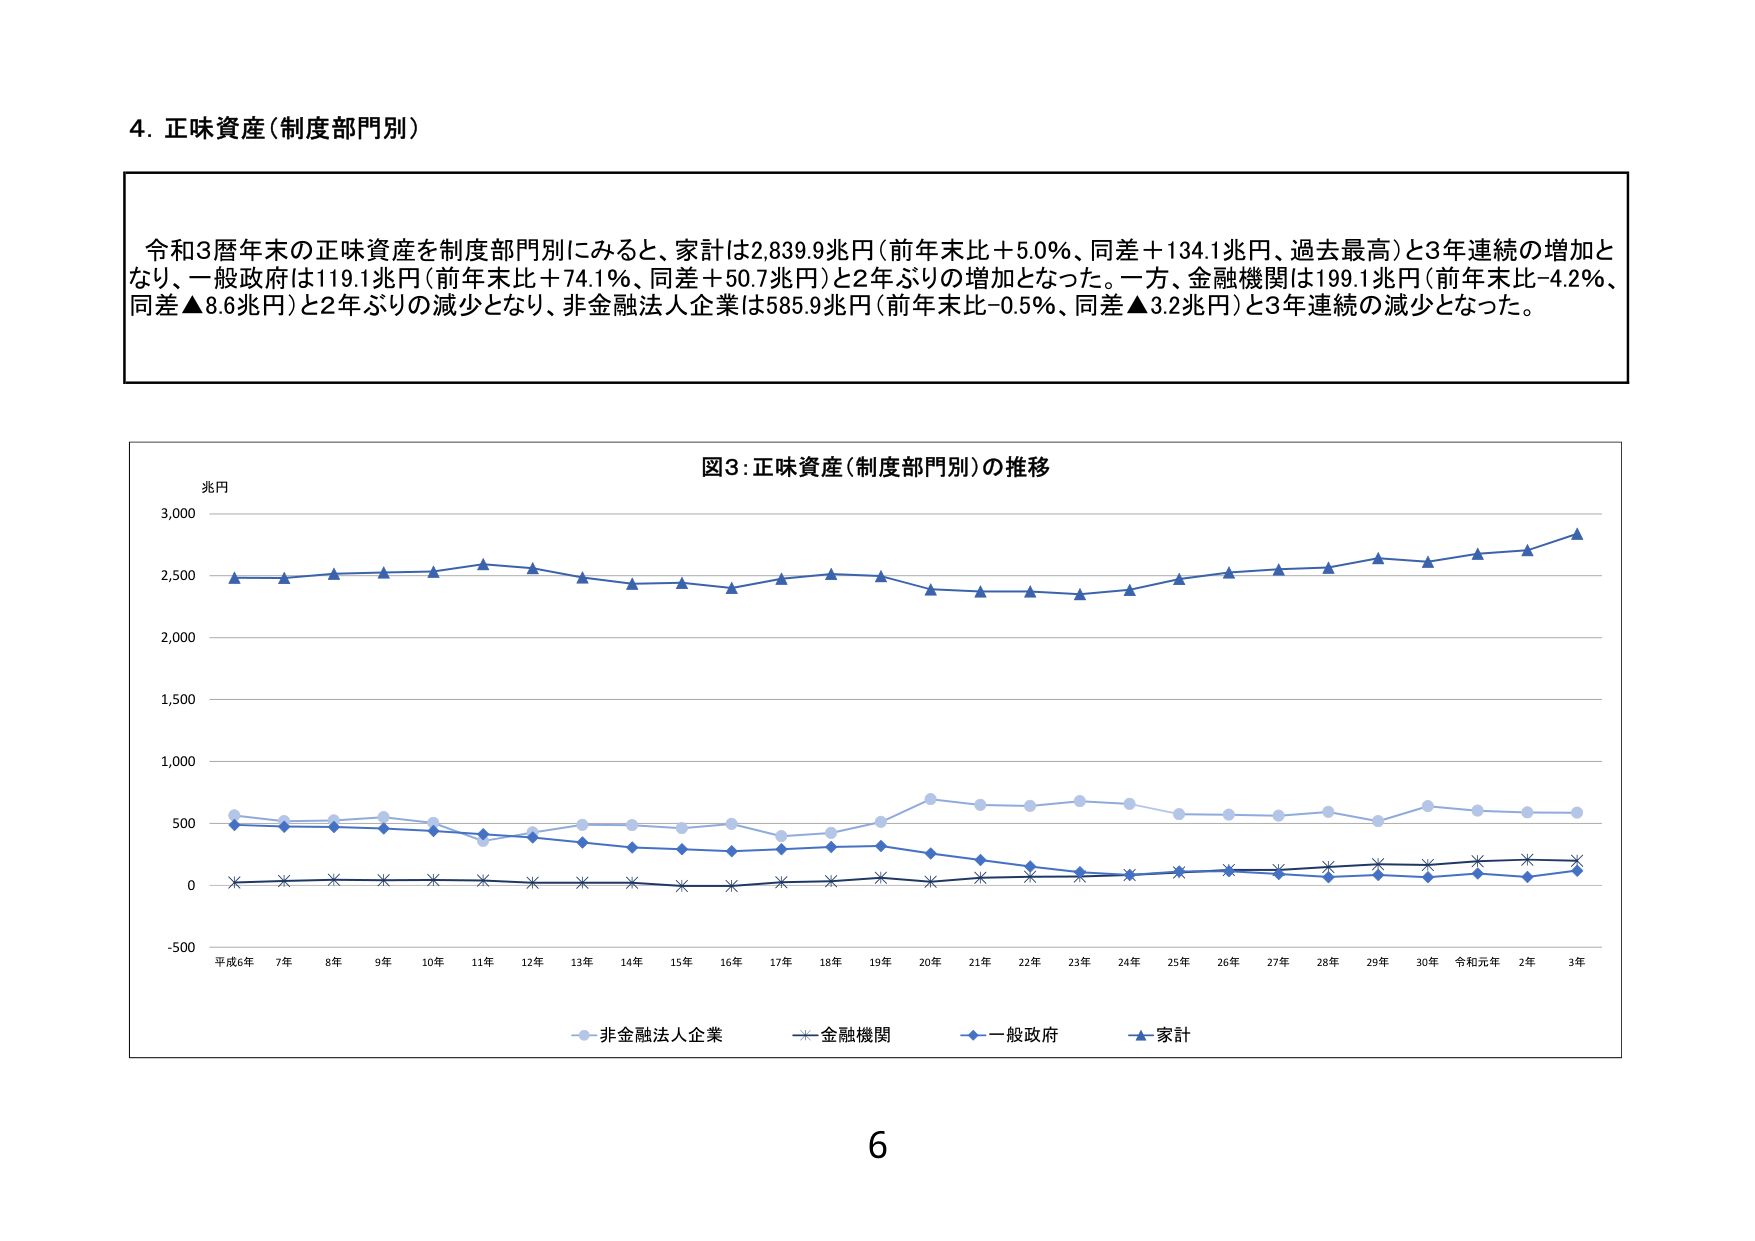
4. 正味資産（制度部門別）

令和3暦年末の正味資産を制度部門別にみると、家計は2,839.9兆円（前年末比＋5.0％、同差＋134.1兆円、過去最高）と3年連続の増加となり、一般政府は119.1兆円（前年末比＋74.1％、同差＋50.7兆円）と2年ぶりの増加となった。一方、金融機関は199.1兆円（前年末比－4.2％、同差▲8.6兆円）と2年ぶりの減少となり、非金融法人企業は585.9兆円（前年末比－0.5％、同差▲3.2兆円）と3年連続の減少となった。

図3：正味資産（制度部門別）の推移

兆円
3,000
2,500
2,000
1,500
1,000
500
0
-500

平成6年 7年 8年 9年 10年 11年 12年 13年 14年 15年 16年 17年 18年 19年 20年 21年 22年 23年 24年 25年 26年 27年 28年 29年 30年 令和元年 2年 3年

非金融法人企業
金融機関
一般政府
家計

6